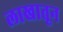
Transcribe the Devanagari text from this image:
लाखातून